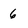
Character: 6